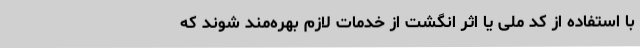
با استفاده از کد ملی یا اثر انگشت از خدمات لازم بهره‌مند شوند که